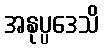
အနုပ္ပဒေသိ